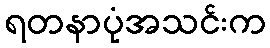
ရတနာပုံအသင်းက